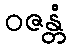
ဝဇန္တံ